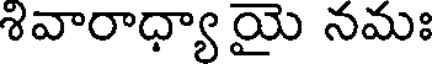
శివారాధ్యా యై నమః